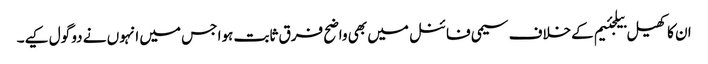
ان کا کھیل بیلجئیم کےخلاف سیمی فائنل میں بھی واضح فرق ثابت ہوا جس میں انہوں نے دو گول کیے۔